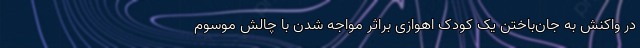
در واکنش به جان‌باختن یک کودک اهوازی براثر مواجه شدن با چالش موسوم